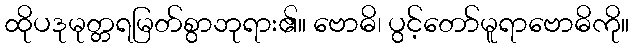
ထိုပဒုမုတ္တရမြတ်စွာဘုရား၏။ ဗောဓိ၊ ပွင့်တော်မူရာဗောဓိကို။